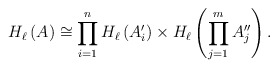
\begin{align*}H_\ell \left( A \right) \cong \prod_{i=1}^n H_\ell\left( A'_i\right) \times H_\ell\left( \prod_{j=1}^m A''_j \right).\end{align*}